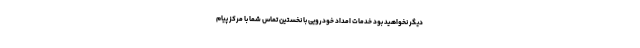
دیگر نخواهید بود خدمات امداد خودرویی با نخستین تماس شما با مرکز پیام